Scottish Leaving Certificate Examination, 1957
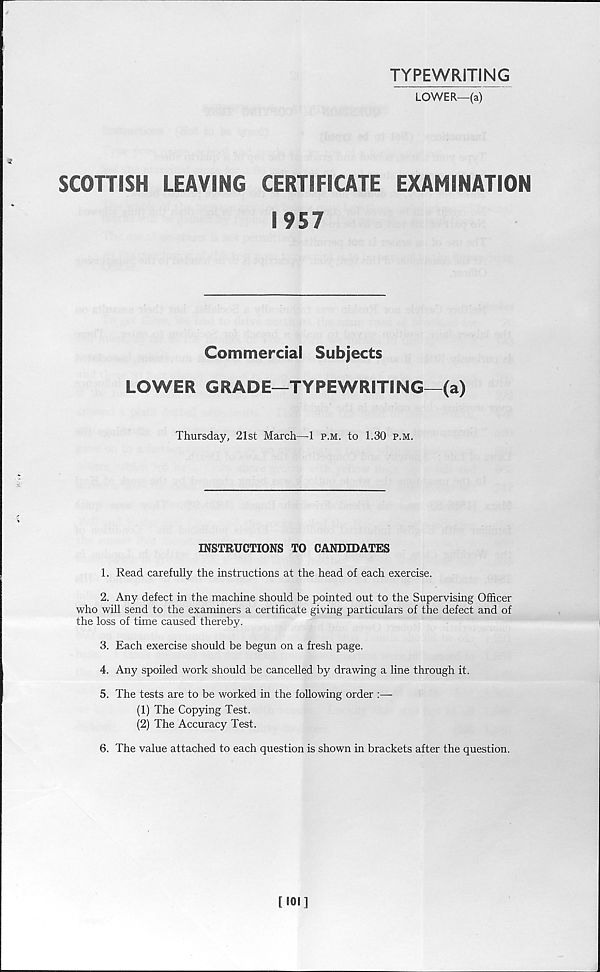
TYPEWRITING
LOWER—(a)
2
SCOTTISH
LEAVING
CERTIFICATE
EXAMINATION
1957
Commercial Subjects
LOWER GRADE—TYPEWRITING—(a)
Thursday, 21st March—1 p.m. to 1.30 p.m.
INSTRUCTIONS TO CANDIDATES
1. Read carefully the instructions at the head of each exercise.
2. Any defect in the machine should be pointed out to the Supervising Officer
who will send to the examiners a certificate giving particulars of the defect and of
the loss of time caused thereby.
3. Each exercise should be begun on a fresh page.
4. Any spoiled work should be cancelled by drawing a line through it.
5. The tests are to be worked in the following order
(1) The Copying Test.
(2) The Accuracy Test.
6. The value attached to each question is shown in brackets after the question.
[•01]